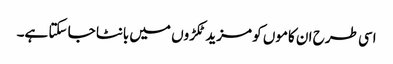
اسی طرح ان کاموں کو مزید ٹکڑوں میں بانٹا جا سکتا ہے۔